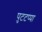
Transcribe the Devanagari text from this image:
पुटटप्पा